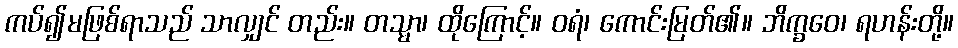
ကပ်၍မဖြစ်ရာသည် သာလျှင် တည်း။ တသ္မာ၊ ထိုကြောင့်။ ဝရံ၊ ကောင်းမြတ်၏။ ဘိက္ခဝေ၊ ရဟန်းတို့။